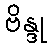
ဗိန္ဒု